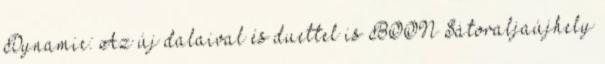
Dynamic: Az új dalaival és duettel is BOON Sátoraljaújhely